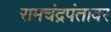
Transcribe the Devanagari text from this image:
रामचंद्रपंतावर